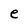
Character: e